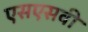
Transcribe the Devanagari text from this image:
एसएसवी